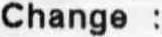
CHANGE :